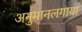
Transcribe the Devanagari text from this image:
अनुमानलगाया